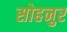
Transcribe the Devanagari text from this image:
सोहनुर